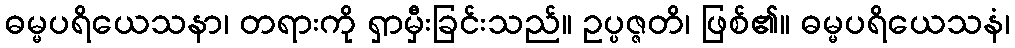
ဓမ္မပရိယေသနာ၊ တရားကို ရှာမှီးခြင်းသည်။ ဥပ္ပဇ္ဇတိ၊ ဖြစ်၏။ ဓမ္မပရိယေသနံ၊